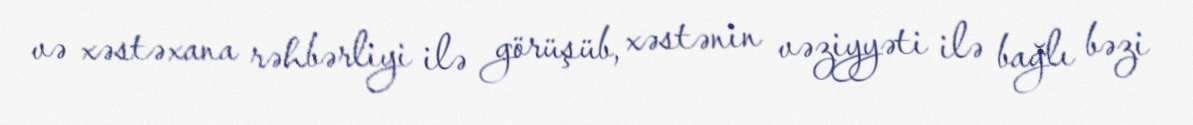
və xəstəxana rəhbərliyi ilə görüşüb, xəstənin vəziyyəti ilə bağlı bəzi